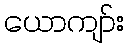
ယောကျာ်း